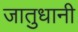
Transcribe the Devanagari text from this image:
जातुधानी